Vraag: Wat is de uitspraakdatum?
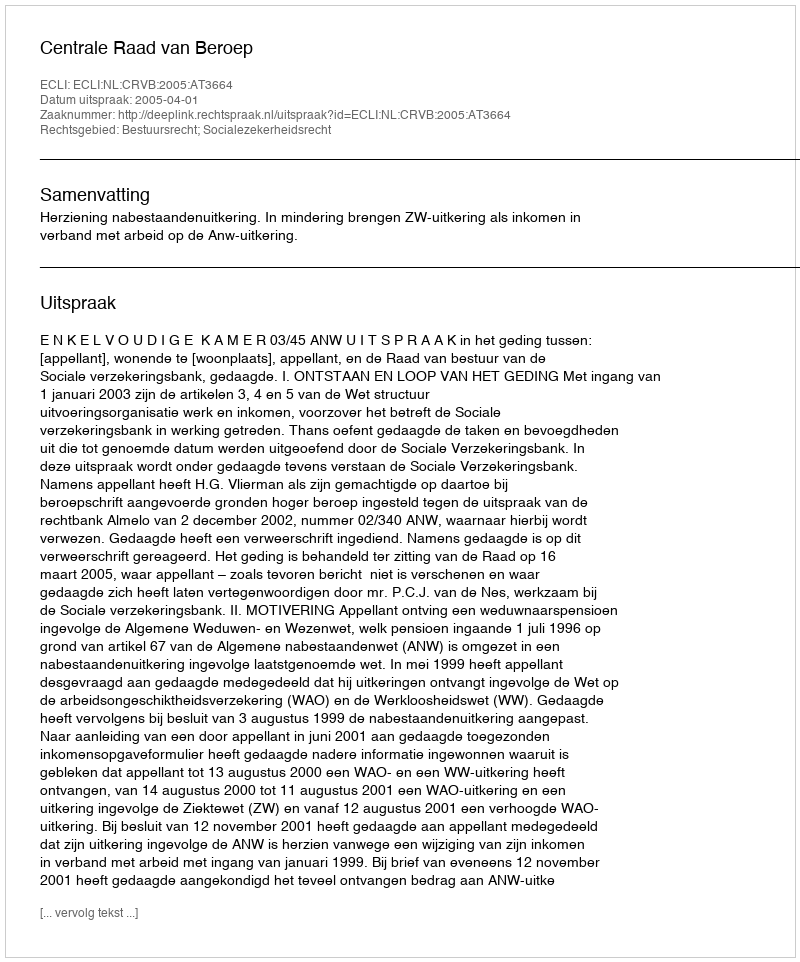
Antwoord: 2005-04-01